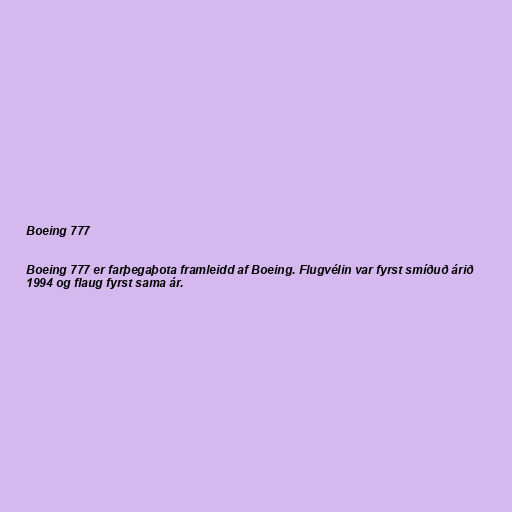
Boeing 777

Boeing 777 er farþegaþota framleidd af Boeing. Flugvélin var fyrst smíðuð árið
1994 og flaug fyrst sama ár.